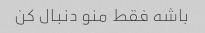
باشه فقط منو دنبال کن